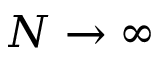
N \to \infty